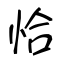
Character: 恰